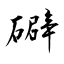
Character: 礔